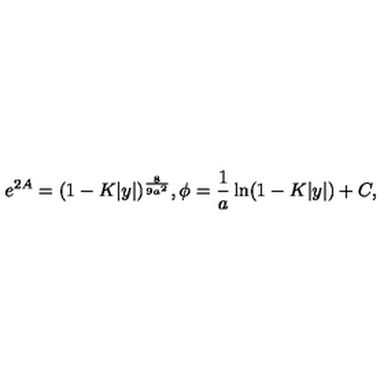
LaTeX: e ^ { 2 A } = ( 1 - K | y | ) ^ { \frac { 8 } { 9 a ^ { 2 } } } , \phi = { \frac { 1 } { a } } \ln ( 1 - K | y | ) + C ,